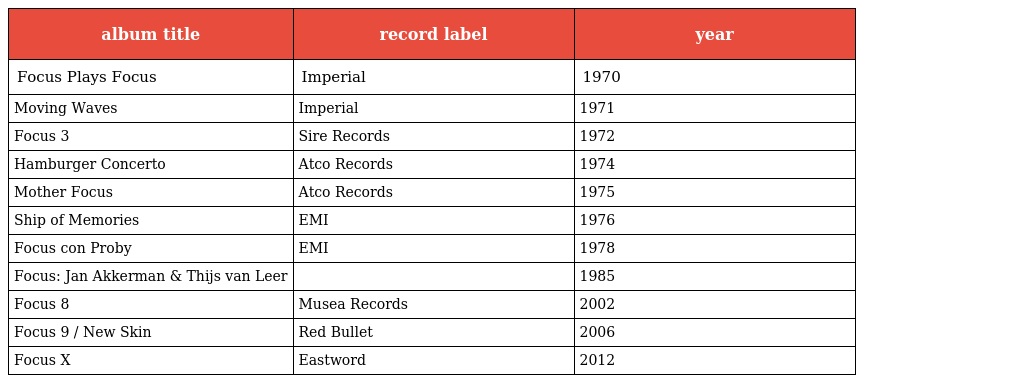
| album title | record label | year |
 | --- | --- | --- |
 | Focus Plays Focus | Imperial | 1970 |
 | Moving Waves | Imperial | 1971 |
 | Focus 3 | Sire Records | 1972 |
 | Hamburger Concerto | Atco Records | 1974 |
 | Mother Focus | Atco Records | 1975 |
 | Ship of Memories | EMI | 1976 |
 | Focus con Proby | EMI | 1978 |
 | Focus: Jan Akkerman & Thijs van Leer |  | 1985 |
 | Focus 8 | Musea Records | 2002 |
 | Focus 9 / New Skin | Red Bullet | 2006 |
 | Focus X | Eastword | 2012 |